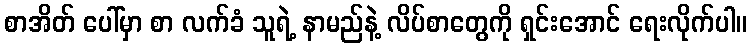
စာအိတ် ပေါ်မှာ စာ လက်ခံ သူရဲ့ နာမည်နဲ့ လိပ်စာတွေကို ရှင်းအောင် ရေးလိုက်ပါ။